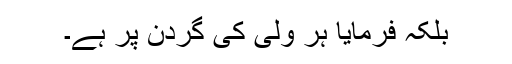
بلکہ فرمایا ہر ولی کی گردن پر ہے۔